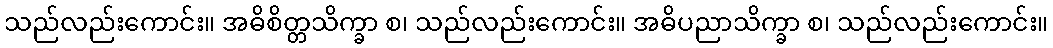
သည်လည်းကောင်း။ အဓိစိတ္တသိက္ခာ စ၊ သည်လည်းကောင်း။ အဓိပညာသိက္ခာ စ၊ သည်လည်းကောင်း။